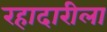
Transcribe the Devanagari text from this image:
रहादारीला